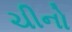
ચીનો